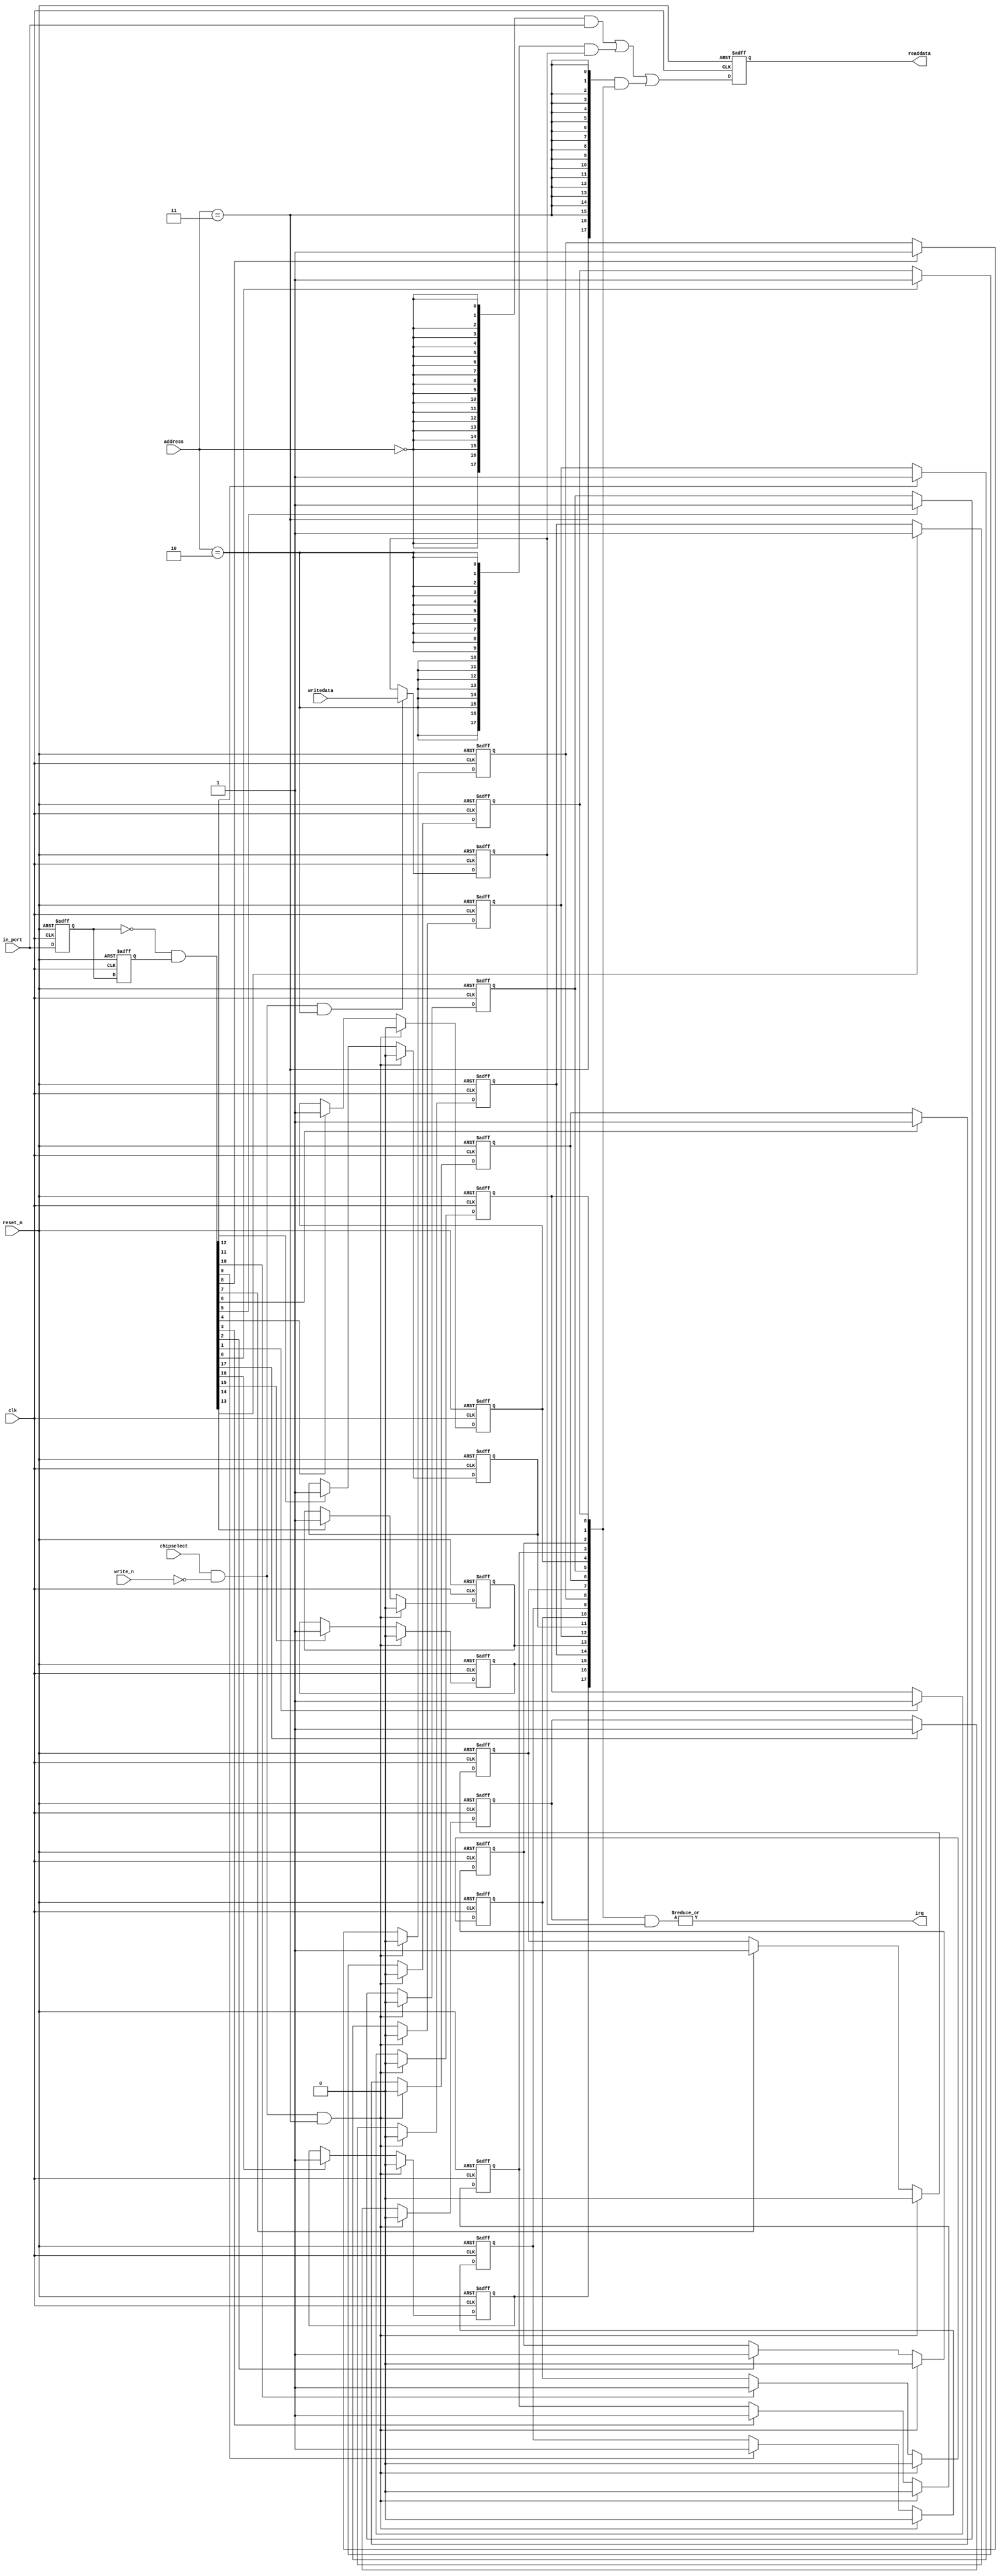
module sw (
            // inputs:
             address,
             chipselect,
             clk,
             in_port,
             reset_n,
             write_n,
             writedata,

            // outputs:
             irq,
             readdata
          )
;

  output           irq;
  output  [ 17: 0] readdata;
  input   [  1: 0] address;
  input            chipselect;
  input            clk;
  input   [ 17: 0] in_port;
  input            reset_n;
  input            write_n;
  input   [ 17: 0] writedata;

  wire             clk_en;
  reg     [ 17: 0] d1_data_in;
  reg     [ 17: 0] d2_data_in;
  wire    [ 17: 0] data_in;
  reg     [ 17: 0] edge_capture;
  wire             edge_capture_wr_strobe;
  wire    [ 17: 0] edge_detect;
  wire             irq;
  reg     [ 17: 0] irq_mask;
  wire    [ 17: 0] read_mux_out;
  reg     [ 17: 0] readdata;
  assign clk_en = 1;
  //s1, which is an e_avalon_slave
  assign read_mux_out = ({18 {(address == 0)}} & data_in) |
    ({18 {(address == 2)}} & irq_mask) |
    ({18 {(address == 3)}} & edge_capture);

  always @(posedge clk or negedge reset_n)
    begin
      if (reset_n == 0)
          readdata <= 0;
      else if (clk_en)
          readdata <= read_mux_out;
    end


  assign data_in = in_port;
  always @(posedge clk or negedge reset_n)
    begin
      if (reset_n == 0)
          irq_mask <= 0;
      else if (chipselect && ~write_n && (address == 2))
          irq_mask <= writedata[17 : 0];
    end


  assign irq = |(edge_capture & irq_mask);
  assign edge_capture_wr_strobe = chipselect && ~write_n && (address == 3);
  always @(posedge clk or negedge reset_n)
    begin
      if (reset_n == 0)
          edge_capture[0] <= 0;
      else if (clk_en)
          if (edge_capture_wr_strobe)
              edge_capture[0] <= 0;
          else if (edge_detect[0])
              edge_capture[0] <= -1;
    end


  always @(posedge clk or negedge reset_n)
    begin
      if (reset_n == 0)
          edge_capture[1] <= 0;
      else if (clk_en)
          if (edge_capture_wr_strobe)
              edge_capture[1] <= 0;
          else if (edge_detect[1])
              edge_capture[1] <= -1;
    end


  always @(posedge clk or negedge reset_n)
    begin
      if (reset_n == 0)
          edge_capture[2] <= 0;
      else if (clk_en)
          if (edge_capture_wr_strobe)
              edge_capture[2] <= 0;
          else if (edge_detect[2])
              edge_capture[2] <= -1;
    end


  always @(posedge clk or negedge reset_n)
    begin
      if (reset_n == 0)
          edge_capture[3] <= 0;
      else if (clk_en)
          if (edge_capture_wr_strobe)
              edge_capture[3] <= 0;
          else if (edge_detect[3])
              edge_capture[3] <= -1;
    end


  always @(posedge clk or negedge reset_n)
    begin
      if (reset_n == 0)
          edge_capture[4] <= 0;
      else if (clk_en)
          if (edge_capture_wr_strobe)
              edge_capture[4] <= 0;
          else if (edge_detect[4])
              edge_capture[4] <= -1;
    end


  always @(posedge clk or negedge reset_n)
    begin
      if (reset_n == 0)
          edge_capture[5] <= 0;
      else if (clk_en)
          if (edge_capture_wr_strobe)
              edge_capture[5] <= 0;
          else if (edge_detect[5])
              edge_capture[5] <= -1;
    end


  always @(posedge clk or negedge reset_n)
    begin
      if (reset_n == 0)
          edge_capture[6] <= 0;
      else if (clk_en)
          if (edge_capture_wr_strobe)
              edge_capture[6] <= 0;
          else if (edge_detect[6])
              edge_capture[6] <= -1;
    end


  always @(posedge clk or negedge reset_n)
    begin
      if (reset_n == 0)
          edge_capture[7] <= 0;
      else if (clk_en)
          if (edge_capture_wr_strobe)
              edge_capture[7] <= 0;
          else if (edge_detect[7])
              edge_capture[7] <= -1;
    end


  always @(posedge clk or negedge reset_n)
    begin
      if (reset_n == 0)
          edge_capture[8] <= 0;
      else if (clk_en)
          if (edge_capture_wr_strobe)
              edge_capture[8] <= 0;
          else if (edge_detect[8])
              edge_capture[8] <= -1;
    end


  always @(posedge clk or negedge reset_n)
    begin
      if (reset_n == 0)
          edge_capture[9] <= 0;
      else if (clk_en)
          if (edge_capture_wr_strobe)
              edge_capture[9] <= 0;
          else if (edge_detect[9])
              edge_capture[9] <= -1;
    end


  always @(posedge clk or negedge reset_n)
    begin
      if (reset_n == 0)
          edge_capture[10] <= 0;
      else if (clk_en)
          if (edge_capture_wr_strobe)
              edge_capture[10] <= 0;
          else if (edge_detect[10])
              edge_capture[10] <= -1;
    end


  always @(posedge clk or negedge reset_n)
    begin
      if (reset_n == 0)
          edge_capture[11] <= 0;
      else if (clk_en)
          if (edge_capture_wr_strobe)
              edge_capture[11] <= 0;
          else if (edge_detect[11])
              edge_capture[11] <= -1;
    end


  always @(posedge clk or negedge reset_n)
    begin
      if (reset_n == 0)
          edge_capture[12] <= 0;
      else if (clk_en)
          if (edge_capture_wr_strobe)
              edge_capture[12] <= 0;
          else if (edge_detect[12])
              edge_capture[12] <= -1;
    end


  always @(posedge clk or negedge reset_n)
    begin
      if (reset_n == 0)
          edge_capture[13] <= 0;
      else if (clk_en)
          if (edge_capture_wr_strobe)
              edge_capture[13] <= 0;
          else if (edge_detect[13])
              edge_capture[13] <= -1;
    end


  always @(posedge clk or negedge reset_n)
    begin
      if (reset_n == 0)
          edge_capture[14] <= 0;
      else if (clk_en)
          if (edge_capture_wr_strobe)
              edge_capture[14] <= 0;
          else if (edge_detect[14])
              edge_capture[14] <= -1;
    end


  always @(posedge clk or negedge reset_n)
    begin
      if (reset_n == 0)
          edge_capture[15] <= 0;
      else if (clk_en)
          if (edge_capture_wr_strobe)
              edge_capture[15] <= 0;
          else if (edge_detect[15])
              edge_capture[15] <= -1;
    end


  always @(posedge clk or negedge reset_n)
    begin
      if (reset_n == 0)
          edge_capture[16] <= 0;
      else if (clk_en)
          if (edge_capture_wr_strobe)
              edge_capture[16] <= 0;
          else if (edge_detect[16])
              edge_capture[16] <= -1;
    end


  always @(posedge clk or negedge reset_n)
    begin
      if (reset_n == 0)
          edge_capture[17] <= 0;
      else if (clk_en)
          if (edge_capture_wr_strobe)
              edge_capture[17] <= 0;
          else if (edge_detect[17])
              edge_capture[17] <= -1;
    end


  always @(posedge clk or negedge reset_n)
    begin
      if (reset_n == 0)
        begin
          d1_data_in <= 0;
          d2_data_in <= 0;
        end
      else if (clk_en)
        begin
          d1_data_in <= data_in;
          d2_data_in <= d1_data_in;
        end
    end


  assign edge_detect = ~d1_data_in & d2_data_in;

endmodule